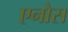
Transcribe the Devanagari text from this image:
एनोस